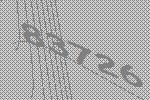
83726